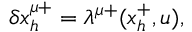
\delta x _ { h } ^ { \mu + } = \lambda ^ { \mu + } ( x _ { h } ^ { + } , u ) ,